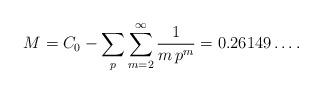
LaTeX: \begin{align*}M=C_0 - \sum_{p}\sum_{m=2}^\infty \frac{1}{m\,p^m}= 0.26149\dots.\end{align*}